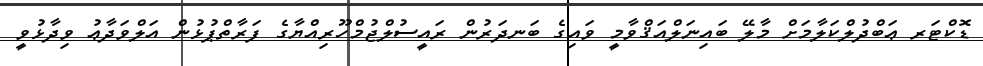
ޑޮކްޓަރ ޢަބްދުލްކަލާމަށް މާލޭ ބައިނަލްއަޤްވާމީ ވައިގެ ބަނދަރުން ރައީސުލްޖުމްހޫރިއްޔާގެ ފަރާތްޕުޅުން އަލްވަދާޢު ވިދާޅުވީ